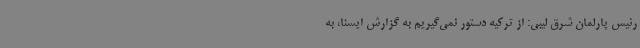
رئیس پارلمان شرق لیبی: از ترکیه دستور نمی‌گیریم به گزارش ایسنا، به